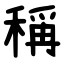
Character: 稱